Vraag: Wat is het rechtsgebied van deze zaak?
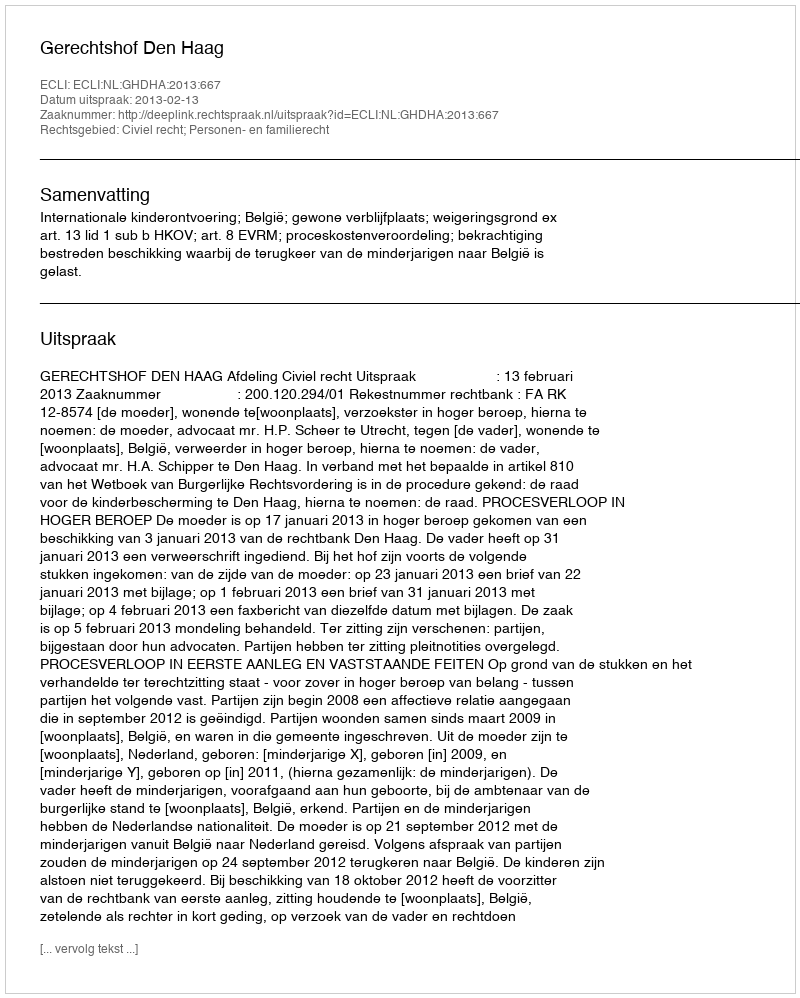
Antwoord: Civiel recht; Personen- en familierecht